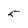
Character: 5